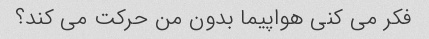
فکر می کنی هواپیما بدون من حرکت می کند؟